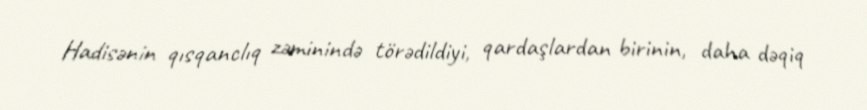
Hadisənin qısqanclıq zəminində törədildiyi, qardaşlardan birinin, daha dəqiq